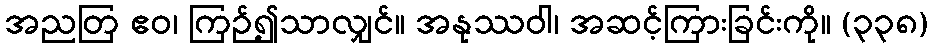
အညတြ ဧဝ၊ ကြဉ်၍သာလျှင်။ အနုဿဝါ၊ အဆင့်ကြားခြင်းကို။ (၃၃၈)